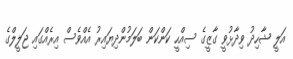
އަލީ ޝާހިދު ވިދާޅުވީ ގާޒީގެ ސިއްހީ ކަންކަން ބަލަމުންދިޔައިރު އެއްވެސް އިރެއްގައި ޖަލީލްގެ